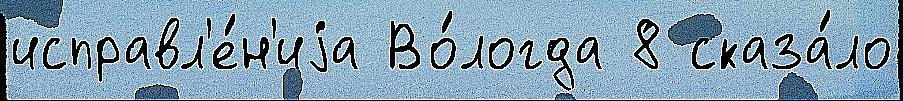
исправл'е́н'иjа Во́логда 8 сказа́ло